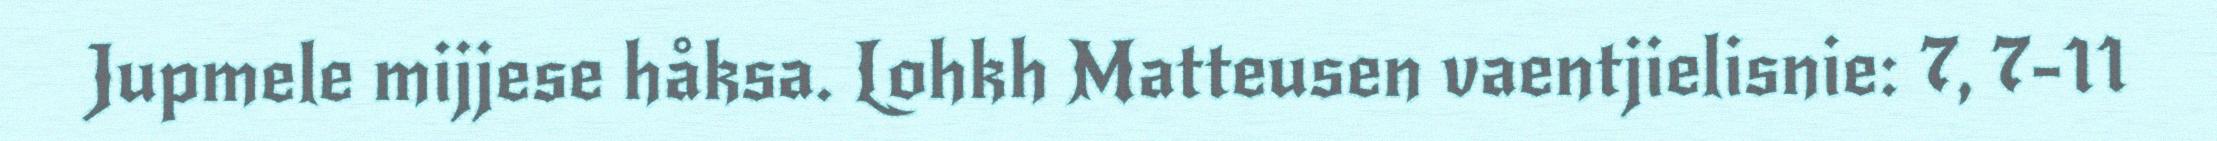
Jupmele mijjese håksa. Lohkh Matteusen vaentjielisnie: 7, 7-11